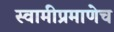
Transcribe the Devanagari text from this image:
स्वामीप्रमाणेच